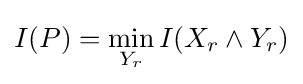
\displaystyle I(P)=\min _{Y_{r}}I(X_{r}\land Y_{r})